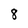
Character: 8